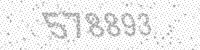
Solution: 578893